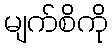
မျက်စိကို